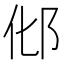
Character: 𰻥